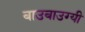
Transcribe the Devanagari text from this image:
बाउबाउग्यी